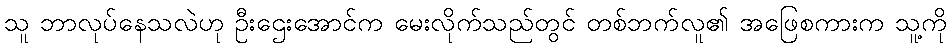
သူ ဘာလုပ်နေသလဲဟု ဦးဌေးအောင်က မေးလိုက်သည်တွင် တစ်ဘက်လူ၏ အဖြေစကားက သူ့ကို